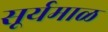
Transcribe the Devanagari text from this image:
सूर्यमाळ